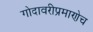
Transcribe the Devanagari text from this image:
गोदावरीप्रमाणेच